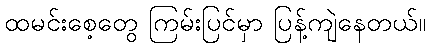
ထမင်းစေ့တွေ ကြမ်းပြင်မှာ ပြန့်ကျဲနေတယ်။